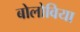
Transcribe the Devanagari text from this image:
बोलोविया